Medical and sanitary report of the native army of Madras for the year
Year: 1876
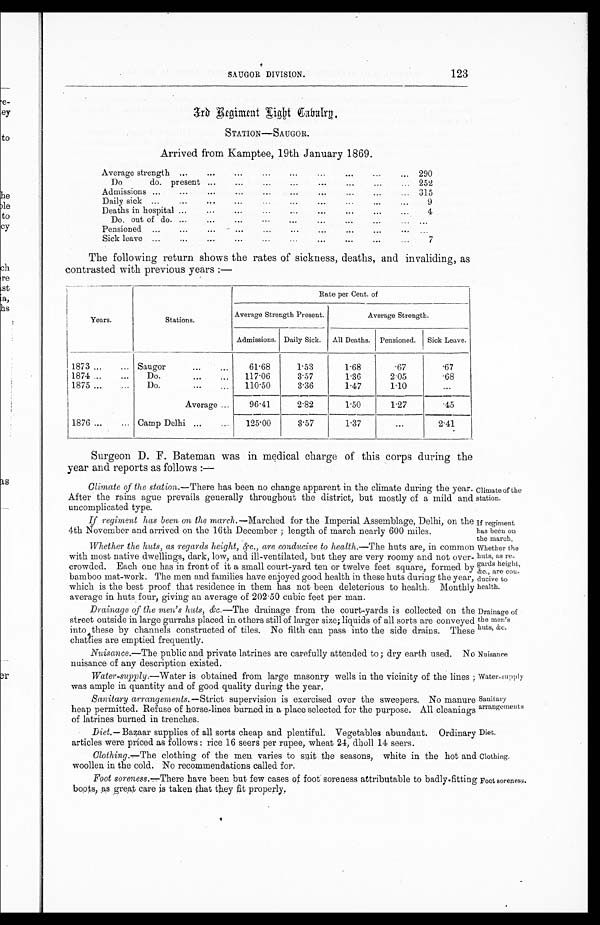
Climate of the
station.
If regiment
has been on
the march.
Whether the
huts, as re-
gards height,
&e., are con-
ducive to
health.
Sanitary
arrangements
Diet.
Clothing.
SAUGOR DIVISION.
123
3rd Regiment ligtt Cabalrg.
STATION—SAUGOR.
Arrived from Kamptee, 19th January 1869.
Average strength ...
. . .
. . .
. . .
. . .
. . .
...
...
... 290
Do
do. present ...
. . .
...
...
. . .
...
...
... 252
Admissions ...
...
...
...
...
...
...
. . .
...
... 315
Daily sick ...
...
. . .
. . .
...
...
...
...
...
...
9
Deaths in hospital ...
...
...
...
...
...
. . .
...
...
4
Do. out of do. ...
...
...
...
...
...
...
...
. . . ...
Pensioned
...
...
...
...
...
. . .
...
. . .
...
...
. . .
Sick leave ...
...
...
...
...
...
...
...
...
. . .
7
The following return shows the rates of sickness, deaths, and invaliding, as
contrasted with previous years :—
Years.
Stations.
Rate per Cent. of
Average Strength Present.
Average Strength.
Admissions. Daily Sick. All Deaths. Pensioned. Sick Leave.
1873...
... Saugor
...
. . .
61.68
1.53
1.68
.67
. 6 7
1874 ...
...
Do.
...
...
117.06
3.57
1.36
2.05
. 6 8
1875 ...
...
Do.
...
...
110.50
3.36
1.47
1.10
...
Average ...
96.41
2.82
1.50
1.27
. 4 5
1876 ... ...
Camp Delhi ...
...
125.00
3.57
1.37
...
2.41
Surgeon D. F. Bateman was in medical charge of this corps during the
year and reports as follows :――
Climate of the station.. — T h e r e h a s b e e n n o c h a n g e a p p a r e n t i n t h e c l i m a t e d u r i n g t h e y e a r .
After the rains ague prevails generally throughout the district, but mostly of a mild and
uncomplicated type.
If regiment has been On the march.
.—Marched for the Imperial Assemblage, Delhi, on the
4th November and arrived on the 16th December ; length of march nearly 600 miles.
Whether the huts, as regards height, &c., are conducive to health.— The huts are, in common
with most native dwellings, dark, low, and ill-ventilated, but they are very roomy and not over-
crowded. Each one has in front of it a small court-yard ten or twelve feet square, formed by
bamboo mat-work. The men and families have enjoyed good health in these huts during the year,
which is the best proof that residence in them has not been deleterious to health. Monthly
average in huts four, giving an average of 202.50 cubic feet per man.
Drainage of the men's huts, &c .—The drainage from the court-yards is collected on the
street outside in large gurrahs placed in others still of larger size; liquids of all sorts are conveyed
into these by channels constructed of tiles. No filth can pass into the side drains. These
c h a t t i e s a r e e mp t i e d f r e q u e n t l y .
Nuisance.—The public and private latrines are carefully attended to; dry earth used.
nuisance of any description existed.
Water-supply.—Water is obtained from large masonry wells in the vicinity of the lines ;
was ample in quantity and of good quality during the year.
Drainage of
the men's
huts, &c.
water-supply
No Nuisance
Sanitary arrangement .—Strict
supervision is exercised over the sweepers. No manure
heap permitted. Refuse of horse-lines burned in a place selected for the purpose. All cleanings
of latrines burned in trenches.
Diet. — Bazaar supplies of all sorts cheap and plentiful. Vegetables abundant. Ordinary
articles were priced as follows : rice 16 seers per rupee, wheat 24, dholl 14 seers.
Clothing.
.—
The clothing of the men varies to suit the seasons, white in the hot and
woollen in the cold. No recommendations called for.
Foot soreness..
.—
There have been but few cases of foot soreness attributable to badly fitting
boots, as great care is taken that they fit properly.
Foot soreness.